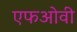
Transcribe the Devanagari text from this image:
एफओवी